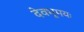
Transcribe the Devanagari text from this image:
देवभूमयः